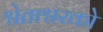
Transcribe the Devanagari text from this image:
श्वेताश्वरको